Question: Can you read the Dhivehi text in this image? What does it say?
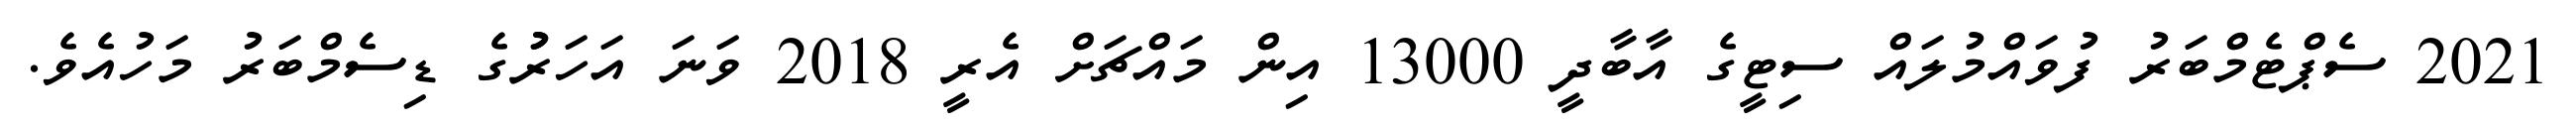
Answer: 2021 ސެޕްޓެމްބަރު ފުވައްމުލައް ސިޓީގެ އާބާދީ 13000 އިން މައްޗަށް އެރީ 2018 ވަނަ އަހަރުުގެ ޑިސެމްބަރު މަހުއެވެ.